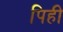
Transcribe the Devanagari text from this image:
पिही